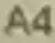
A4